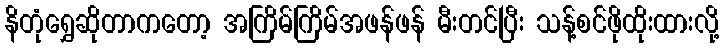
နိတုံရွှေဆိုတာကတော့ အကြိမ်ကြိမ်အဖန်ဖန် မီးတင်ပြီး သန့်စင်ဖိုထိုးထားလို့